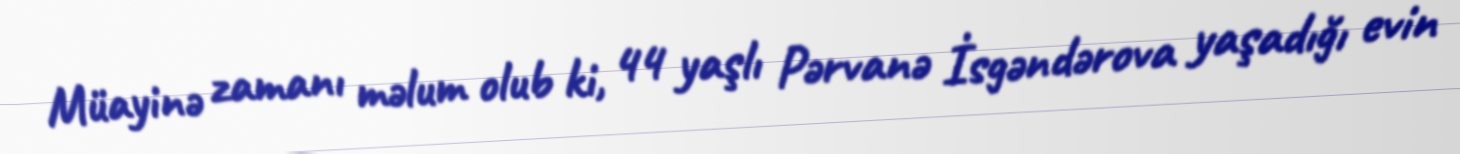
Müayinə zamanı məlum olub ki, 44 yaşlı Pərvanə İsgəndərova yaşadığı evin